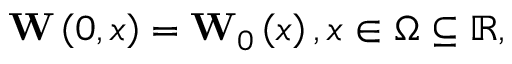
\mathbf { W } \left( 0 , x \right) = { { \mathbf { W } } _ { 0 } } \left( x \right) , x \in \Omega \subseteq \mathbb { R } ,